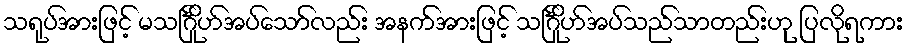
သရုပ်အားဖြင့် မသင်္ဂြိုဟ်အပ်သော်လည်း အနက်အားဖြင့် သင်္ဂြိုဟ်အပ်သည်သာတည်းဟု ပြလိုရကား